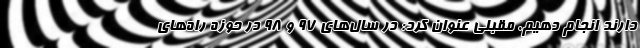
دارند انجام دهیم. مقبلی عنوان کرد: در سال‌های ۹۷‌ و ۹۸ در حوزه راه‌های